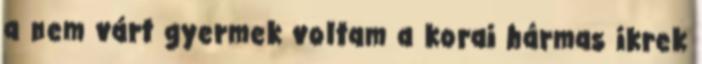
a nem várt gyermek voltam a korai hármas ikrek